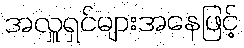
အလှူရှင်များအနေဖြင့်